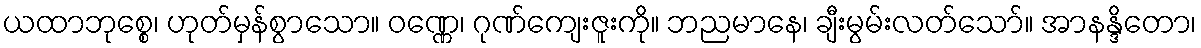
ယထာဘုစ္စေ၊ ဟုတ်မှန်စွာသော။ ဝဏ္ဏေ၊ ဂုဏ်ကျေးဇူးကို။ ဘညမာနေ၊ ချီးမွမ်းလတ်သော်။ အာနန္ဒိတော၊